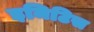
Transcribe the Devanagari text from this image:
इमिटिस